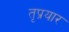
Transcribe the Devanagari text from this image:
तृप्रयार